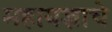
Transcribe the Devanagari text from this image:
महायज्ञाचे